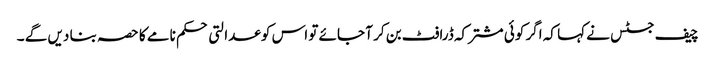
چیف جسٹس نے کہا کہ اگر کوئی مشترکہ ڈرافٹ بن کر آ جائے تو اس کو عدالتی حکم نامے کا حصہ بنا دیں گے ۔